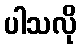
ပါသလို